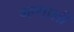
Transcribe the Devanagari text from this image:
म्‍हणाली